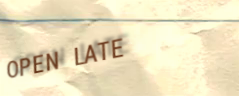
OPEN LATE